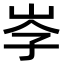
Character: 𡥐